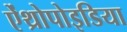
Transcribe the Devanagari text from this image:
ऐंथ्रोपोइडिया